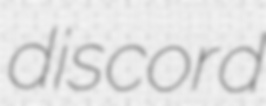
discord